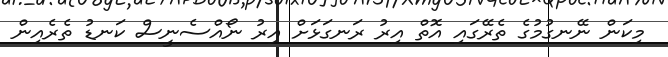
މިކަން ނޭނގުމުގެ ތެރޭގައި އޮތް އިރު ރަނގަޅަށް އިރު ނޯއްސެނީސް ކަނޑު ތެރެއިން